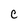
Character: C